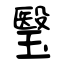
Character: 瑿